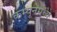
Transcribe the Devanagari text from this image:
कम्यूनमध्ये